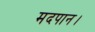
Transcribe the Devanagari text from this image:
मदपान।